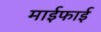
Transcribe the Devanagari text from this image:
माईफाई